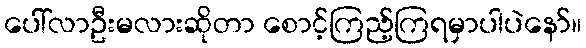
ပေါ်လာဦးမလားဆိုတာ စောင့်ကြည့်ကြရမှာပါပဲနော်။